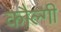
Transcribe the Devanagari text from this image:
कौल्गी